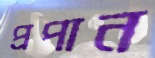
প্রপান